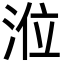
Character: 涖